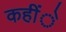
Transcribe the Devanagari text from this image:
कहींे